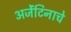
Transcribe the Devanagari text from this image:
अर्जेंटिनाचे